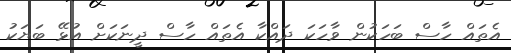
އެތައް ހާސް ބަހަކުން ވާހަކަ ދައްކާ އެތައް ހާސް ދީނަކަށް އުޅޭ ބަޔަކު